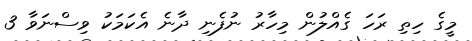
މީގެ ހިތި ރަހަ ގެއްލުން މިހާރު ނުފެނި ދާނެ އެކަމަކު ވިސްނަވާ 3